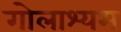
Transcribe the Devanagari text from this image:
गोलाश्यम